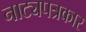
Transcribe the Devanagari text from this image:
नाट्यपत्रकार